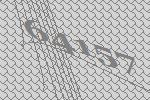
64157